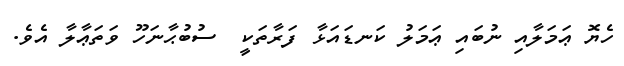
ހެޔޮ ޢަމަލާއި ނުބައި ޢަމަލު ކަނޑައަޅާ ފަރާތަކީ  ސުބުޙާނަހޫ ވަތަޢާލާ އެވެ.